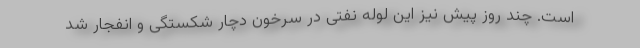
است. چند روز پیش نیز این لوله نفتی در سرخون دچار شکستگی و انفجار شد